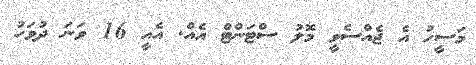
މަސީހު އެ ޖެއްސެވީ މޮލު ސްޓަންޓް އެއް. އެއީ 16 ވަނަ ދުވަހު